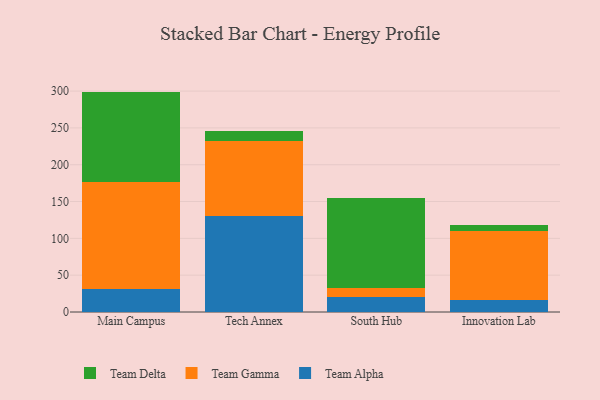
{"axis": {"x": "Campus", "y": "Tickets Resolved"}, "legend": ["Team Alpha", "Team Delta", "Team Gamma"], "data": [{"x": "Main Campus", "y": 30.6, "type": "Team Alpha"}, {"x": "Main Campus", "y": 145.8, "type": "Team Gamma"}, {"x": "Main Campus", "y": 122.9, "type": "Team Delta"}, {"x": "Tech Annex", "y": 130.2, "type": "Team Alpha"}, {"x": "Tech Annex", "y": 101.8, "type": "Team Gamma"}, {"x": "Tech Annex", "y": 13.7, "type": "Team Delta"}, {"x": "South Hub", "y": 20.2, "type": "Team Alpha"}, {"x": "South Hub", "y": 12.6, "type": "Team Gamma"}, {"x": "South Hub", "y": 121.7, "type": "Team Delta"}, {"x": "Innovation Lab", "y": 15.8, "type": "Team Alpha"}, {"x": "Innovation Lab", "y": 93.8, "type": "Team Gamma"}, {"x": "Innovation Lab", "y": 8.7, "type": "Team Delta"}]}